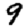
Digit: 9